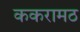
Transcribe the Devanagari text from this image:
ककरामठ